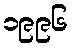
၁၉၉၆